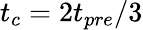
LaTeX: t_{c}=2t_{pre}/3